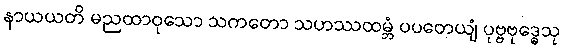
နာယယတိ မညထာဝုသော သကတော သဟဿထမ္ဘံ ပပတေယျံ ပုဗ္ဗဗုဒ္ဓေသု